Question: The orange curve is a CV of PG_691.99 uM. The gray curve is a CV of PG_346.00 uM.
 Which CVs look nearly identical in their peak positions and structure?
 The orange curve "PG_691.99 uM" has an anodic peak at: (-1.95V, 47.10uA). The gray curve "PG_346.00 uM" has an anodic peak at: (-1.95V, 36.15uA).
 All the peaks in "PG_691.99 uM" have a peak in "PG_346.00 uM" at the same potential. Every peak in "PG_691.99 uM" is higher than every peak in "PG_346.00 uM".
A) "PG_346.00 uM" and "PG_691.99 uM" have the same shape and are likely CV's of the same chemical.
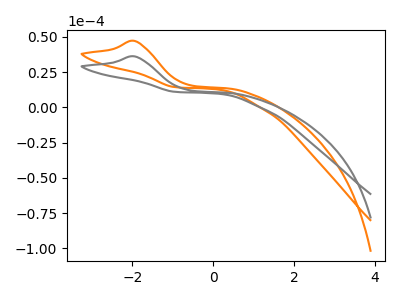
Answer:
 <answer>A) "PG_346.00 uM" and "PG_691.99 uM" have the same shape and are likely CV's of the same chemical.</answer>
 <eval>A</eval>